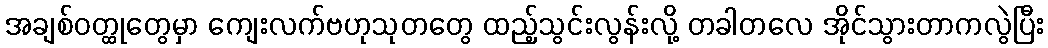
အချစ်ဝတ္ထုတွေမှာ ကျေးလက်ဗဟုသုတတွေ ထည့်သွင်းလွန်းလို့ တခါတလေ အိုင်သွားတာကလွဲပြီး